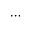
\cdots